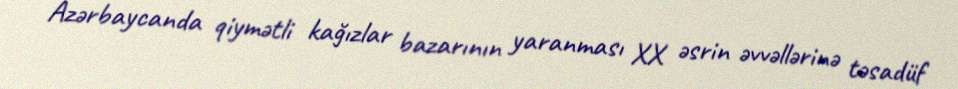
Azərbaycanda qiymətli kağızlar bazarının yaranması XX əsrin əvvəllərinə təsadüf